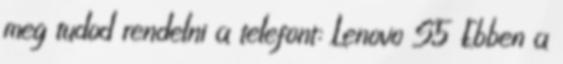
meg tudod rendelni a telefont: Lenovo S5 Ebben a